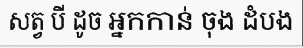
សត្វ បី ដូច អ្នកកាន់ ចុង ដំបង